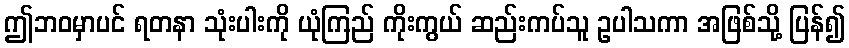
ဤဘဝမှာပင် ရတနာ သုံးပါးကို ယုံကြည် ကိုးကွယ် ဆည်းကပ်သူ ဥပါသကာ အဖြစ်သို့ ပြန်၍